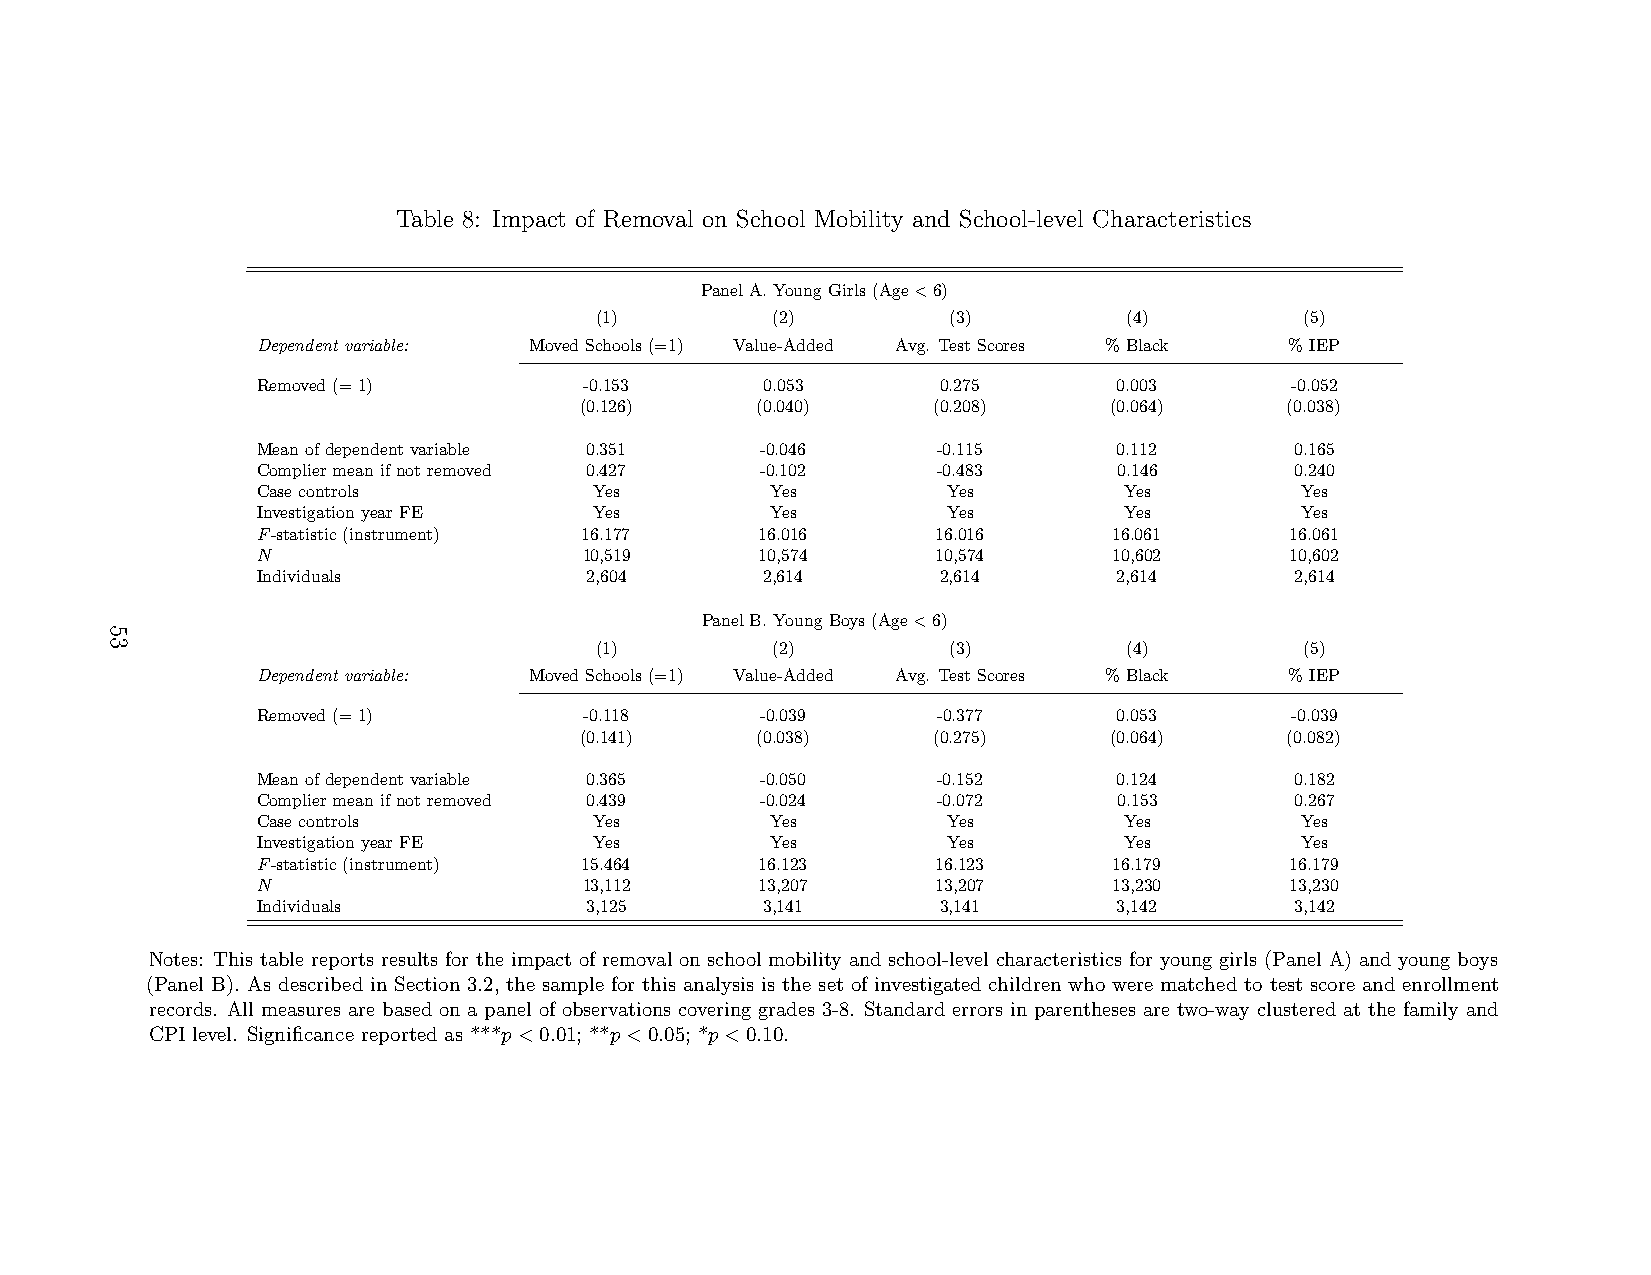
Table 8: Impact of Removal on School Mobility and School-level Characteristics
 PanelA.YoungGirls(Age<6)
 (1)         (2)         (3)         (4)        (5)
 Dependent variable: MovedSchools(=1) Value-Added Avg. TestScores %Black %IEP
 Removed(=1)           -0.153      0.053      0.275       0.003      -0.052
 (0.126)     (0.040)     (0.208)    (0.064)     (0.038)
 Meanofdependentvariable 0.351    -0.046      -0.115      0.112       0.165
 Compliermeanifnotremoved 0.427   -0.102      -0.483      0.146       0.240
 Casecontrols          Yes         Yes         Yes        Yes         Yes
 InvestigationyearFE   Yes         Yes         Yes        Yes         Yes
 F-statistic(instrument) 16.177   16.016      16.016      16.061     16.061
 N                     10,519     10,574      10,574      10,602     10,602
 Individuals           2,604       2,614      2,614       2,614       2,614
 PanelB.YoungBoys(Age<6)
 (1)         (2)         (3)         (4)        (5)
 Dependent variable: MovedSchools(=1) Value-Added Avg. TestScores %Black %IEP
 Removed(=1)           -0.118     -0.039      -0.377      0.053      -0.039
 (0.141)     (0.038)     (0.275)    (0.064)     (0.082)
 Meanofdependentvariable 0.365    -0.050      -0.152      0.124       0.182
 Compliermeanifnotremoved 0.439   -0.024      -0.072      0.153       0.267
 Casecontrols          Yes         Yes         Yes        Yes         Yes
 InvestigationyearFE   Yes         Yes         Yes        Yes         Yes
 F-statistic(instrument) 15.464   16.123      16.123      16.179     16.179
 N                     13,112     13,207      13,207      13,230     13,230
 Individuals           3,125       3,141      3,141       3,142       3,142
 Notes: This table reports results for the impact of removal on school mobility and school-level characteristics for young girls (Panel A) and young boys
 (Panel B). As described in Section 3.2, the sample for this analysis is the set of investigated children who were matched to test score and enrollment
 records. All measures are based on a panel of observations covering grades 3-8. Standard errors in parentheses are two-way clustered at the family and
 CPI level. Significance reported as ***p<0.01; **p<0.05; *p<0.10.
 53
 1